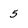
Character: 5